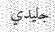
جليدي